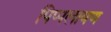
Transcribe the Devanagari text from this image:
पिप्पलायण